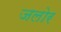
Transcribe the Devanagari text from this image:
जलोर